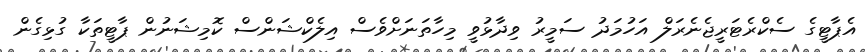
އެޕާޓީގެ ސެކްރެޓަރީޖެނެރަލް އަހުމަދު ސަމީރު ވިދާޅުވީ މިހާތަނަށްވެސް އިލެކްޝަންސް ކޮމިޝަނުން ޕާޓީތަކާ ގުޅިގެން